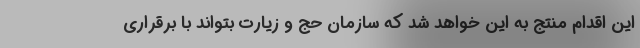
این اقدام منتج به این خواهد شد که سازمان حج و زیارت بتواند با برقراری